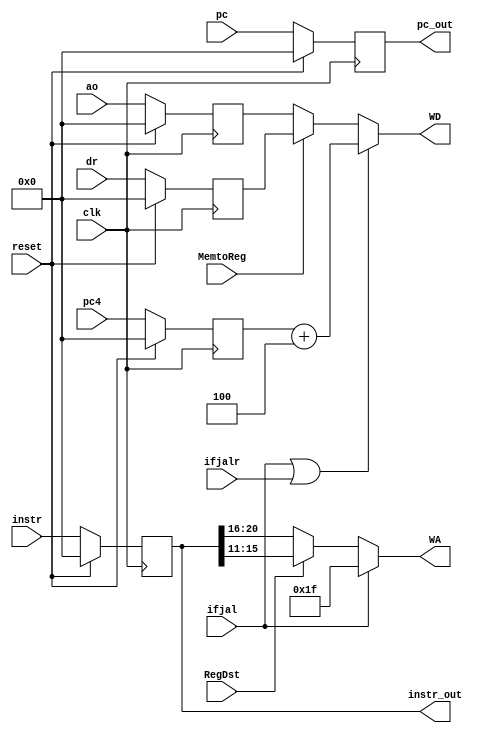
`timescale 1ns / 1ps
//////////////////////////////////////////////////////////////////////////////////
// Company: 
// Engineer: 
// 
// Design Name: 
// Module Name:    W 
// Project Name: 
// Target Devices: 
// Tool versions: 
// Description: 
//
// Dependencies: 
//
// Revision: 
// Revision 0.01 - File Created
// Additional Comments: 
//
//////////////////////////////////////////////////////////////////////////////////
module W(
    input clk,
	 input reset,
	 input [31:0] instr,
	 input [31:0] pc,
	 input [31:0] pc4,
	 input [31:0] ao,
	 input [31:0] dr,
	 input RegDst,
	 input ifjal,
	 input ifjalr,
	 input MemtoReg,
	 output [4:0] WA,
	 output [31:0] WD,
	 output [31:0] instr_out,
	 output [31:0] pc_out
    );
	 ////
	 reg [31:0] IR_W;
	 reg [31:0] PC_W;
	 reg [31:0] PC4_W;
	 reg [31:0] AO_W;
	 reg [31:0] DR_W;
	 
	 initial begin
		IR_W=0;
		PC_W=0;
		PC4_W=0;
		AO_W=0;
		DR_W=0;
	 end
	 always @(posedge clk)begin
		if(reset)begin
			IR_W<=0;
			PC_W<=0;
			PC4_W<=0;
			AO_W<=0;
			DR_W<=0;
		end
		else begin
			IR_W<=instr;
			PC_W<=pc;
			PC4_W<=pc4;
			AO_W<=ao;
			DR_W<=dr;
		end
	 end
	 
	 assign instr_out=IR_W;
	 assign pc_out=PC_W;
	 
	 
	 assign WA=(ifjal)?5'b11111:
				  (RegDst==1)?IR_W[15:11]:
				  IR_W[20:16];
	 assign WD=(ifjal|ifjalr)?(PC4_W+4):
				  (MemtoReg==1)?DR_W:AO_W;

endmodule